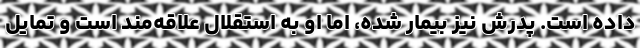
داده است. پدرش نیز بیمار شده، اما او به استقلال علاقه‌مند است و تمایل